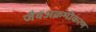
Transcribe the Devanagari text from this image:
जैवअक्रमीकरण